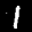
Label: 1